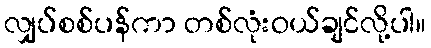
လျှပ်စစ်ပန်ကာ တစ်လုံးဝယ်ချင်လို့ပါ။